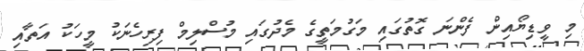
މި ވީޑިޔޯއިން ފެންނަ ގޮތުގައި މަގުމަތީގެ މެދުގައި މުސްލިމް ފިރިހެނަކު މީހަކު އަތާއި